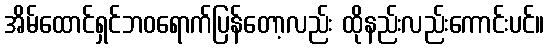
အိမ်ထောင်ရှင်ဘဝရောက်ပြန်တော့လည်း ထိုနည်းလည်းကောင်းပင်။